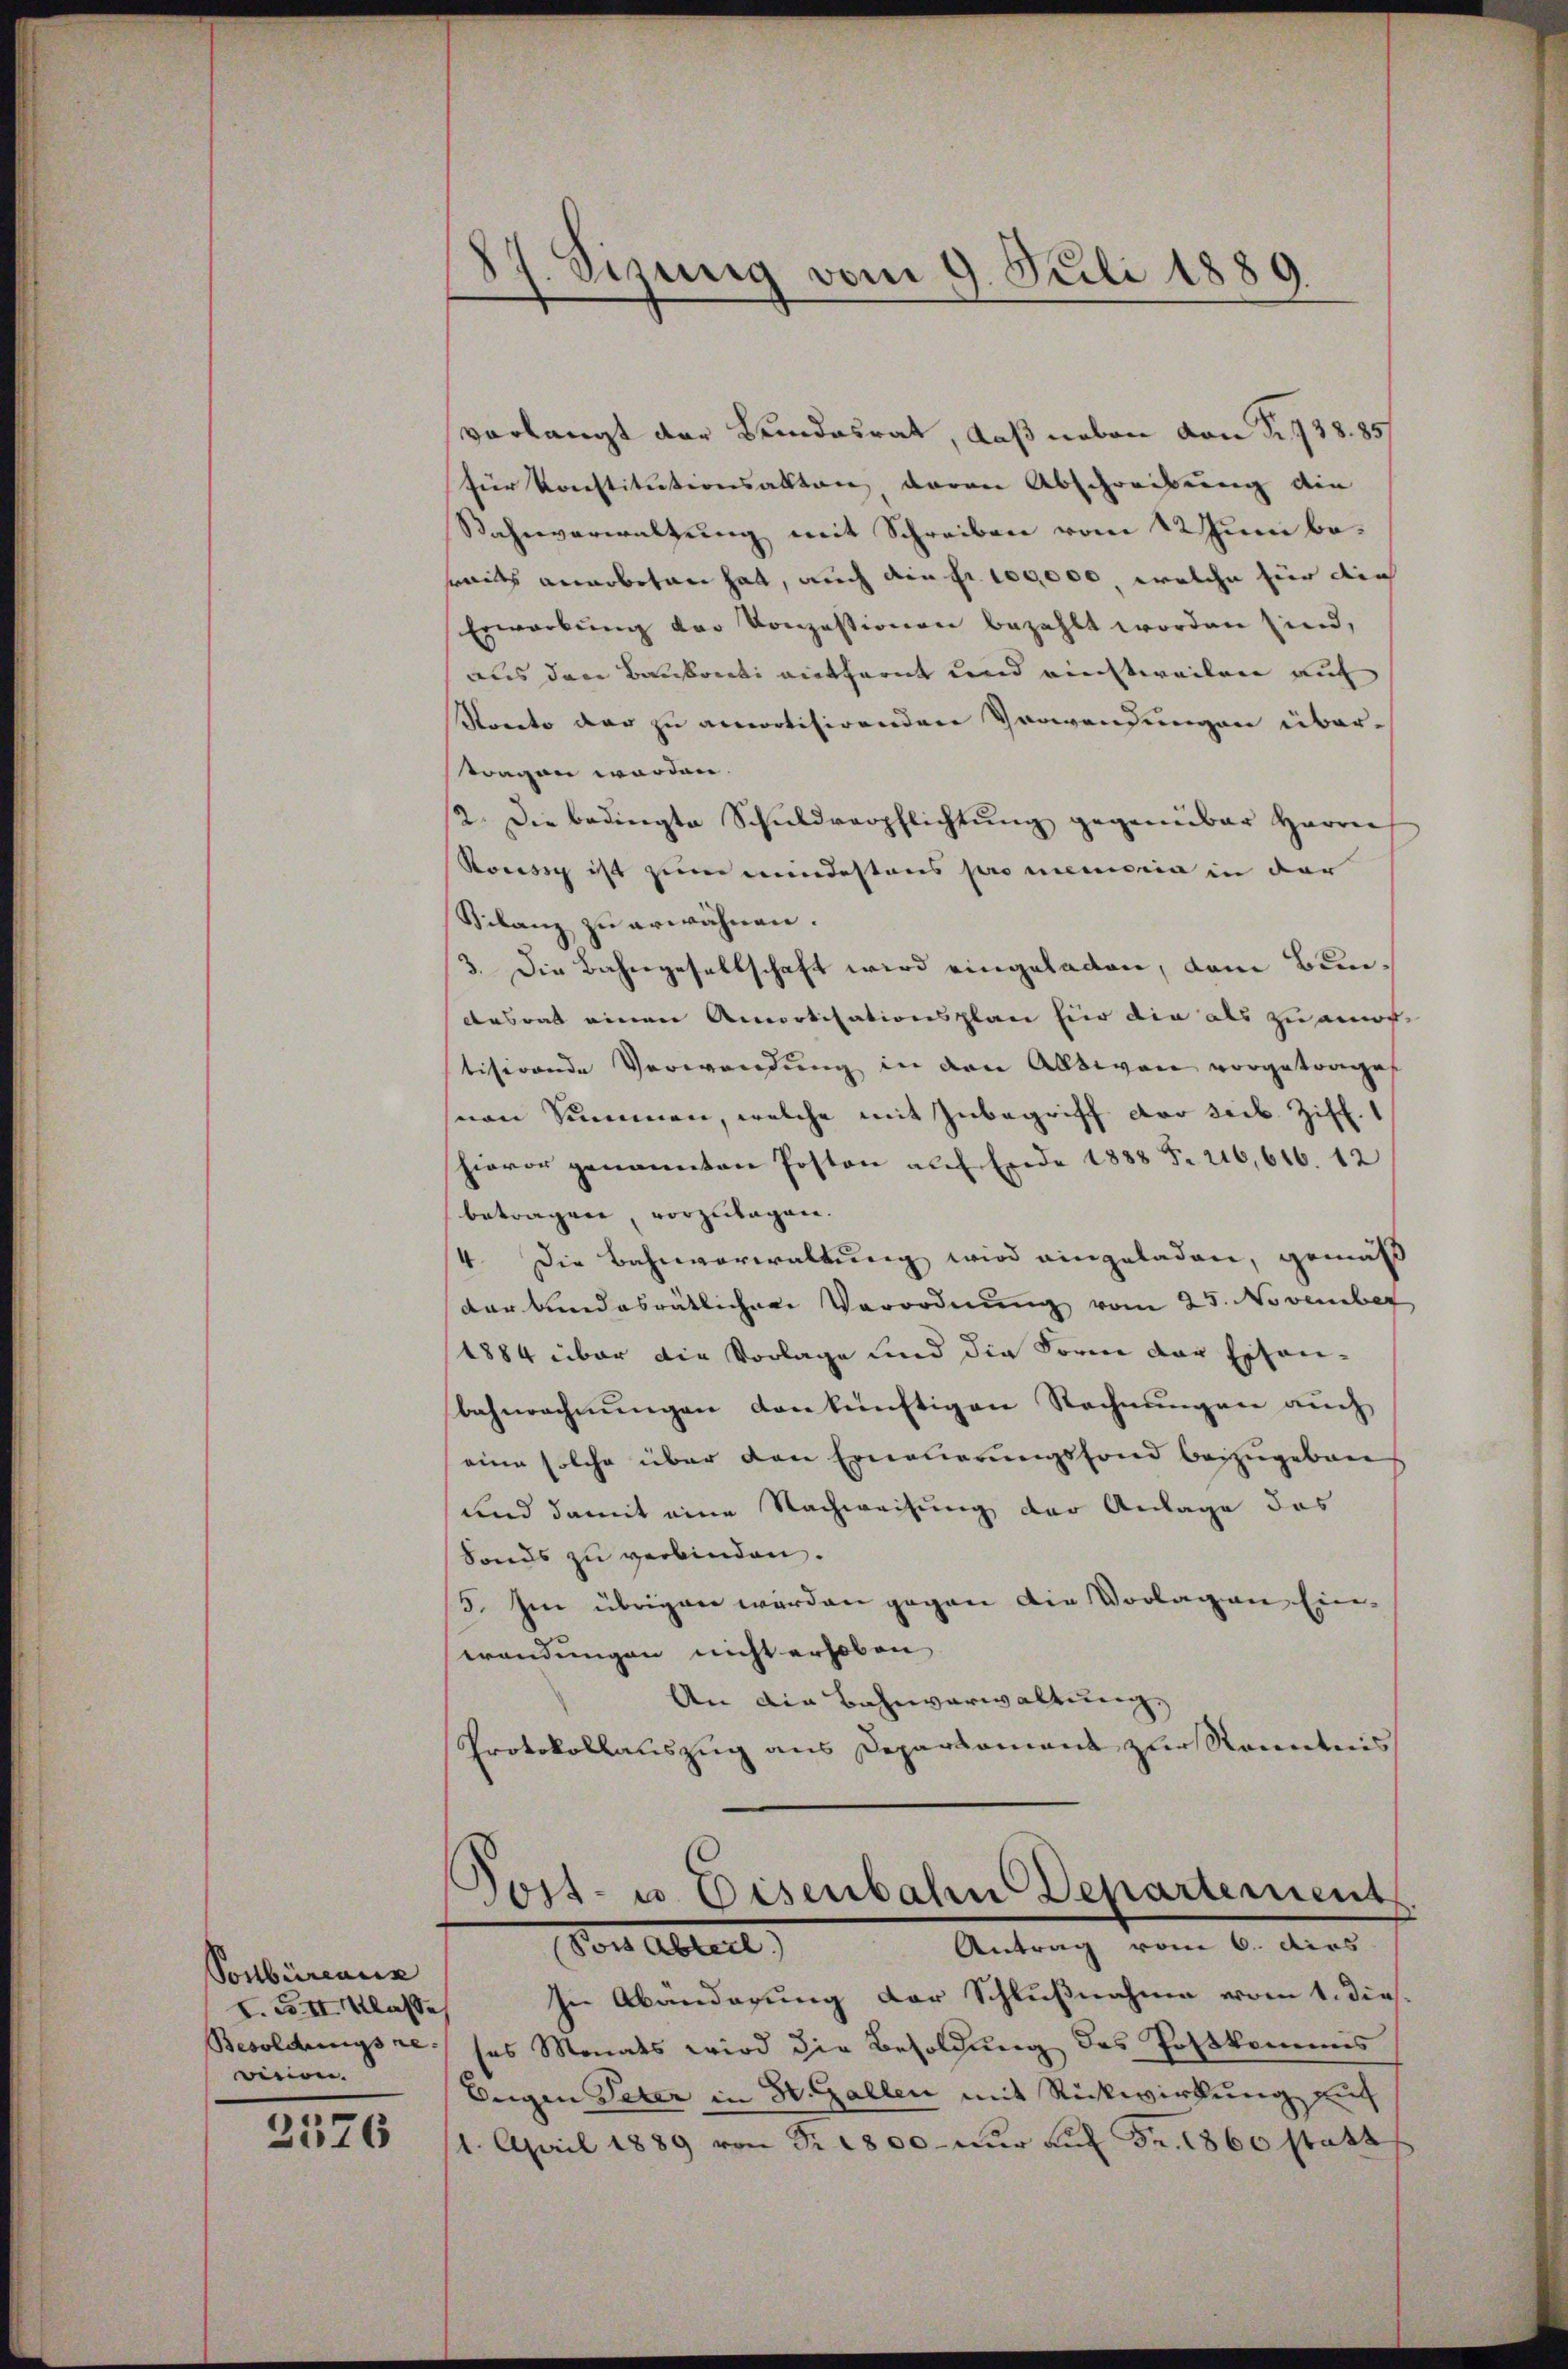
Ponbüreaux
I. F. II Klasse
Besoldungsre
vision.

2576

87. Sizung vom 9. Juli 1889.

Post- u. Eisenbahn Departement
Antrag vom 6. dies
Den Abtret

verlangt der Bundesrat, daß neben von Fr. 938.85/
für Konstitutionsalten, daran Abschreibung die
Stahnverwaltung mit Schreiben vom 12 Juni bemaits annobetan hat, auch ain fr. 100,000, welche für die
Erwarbung der Konzessionen bezahlt worden sind,
aus den Baukonti entfernt und einstweilen auf
Storato der zu anwotisirenden Verwendungen über-
wagen werden.
2. Die bedingte Schuldverpflichtŭng gegenüber Herrn
Rocisig ist zum mindestens promemoria in der
Silanz zu erwähnen.
3. Die Bahngesellschaft wird eingeladen, dem Bun¬
Ausrat einen Amortisationsplan für die als zu amor
tisirende Verwendung in den Allsion vorgetrage
von Summen, welche mit Inbegriff der seib. Ziff. 1
hievor genannten Posten auf Ende 1888 S. 216,616. 12
betragen, vorzulagen.
4. Die Bahnverwaltung wird eingeladen, gemäß
darbendesrätlichen Verordnŭng vom 25. November
1884 über die Vorlage und die Form der Eisen-
bahnrechnungen dankünftigen Rechnungen auch
eine solche über den Ernalierungsfond beizugeben
und damit eine Nachweisung der Anlage des
Fonds zu verbinden.
5. Im übrigen werden gegen die Vorlagen Ein-
wendungen nicht erhoben
An die Bahnverwaltung,
Protokollauszug aus Departament zur Kenntnis

In Abänderung der Schlußnahme vom 1. dieses Monats wird die Besoldung des Postkommis
Eugen Peter in St. Gallen mit Rückwirkung auf
1. April 1889 von Fr. 1800 nŭr aŭf Fr. 1860 statt